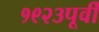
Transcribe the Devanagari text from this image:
१९२३पूर्वी